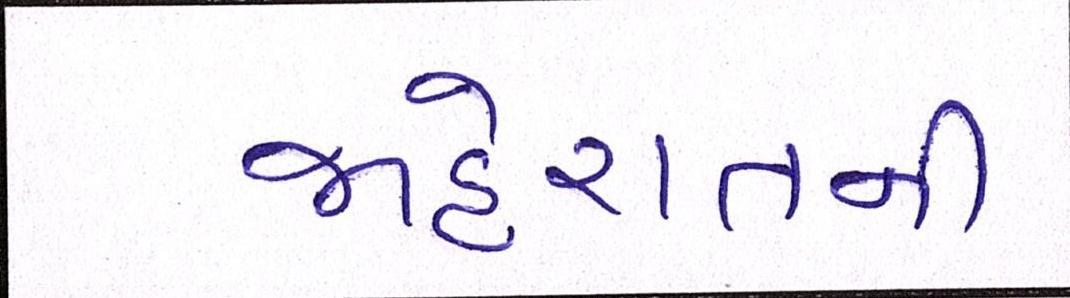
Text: જાહેરાતની